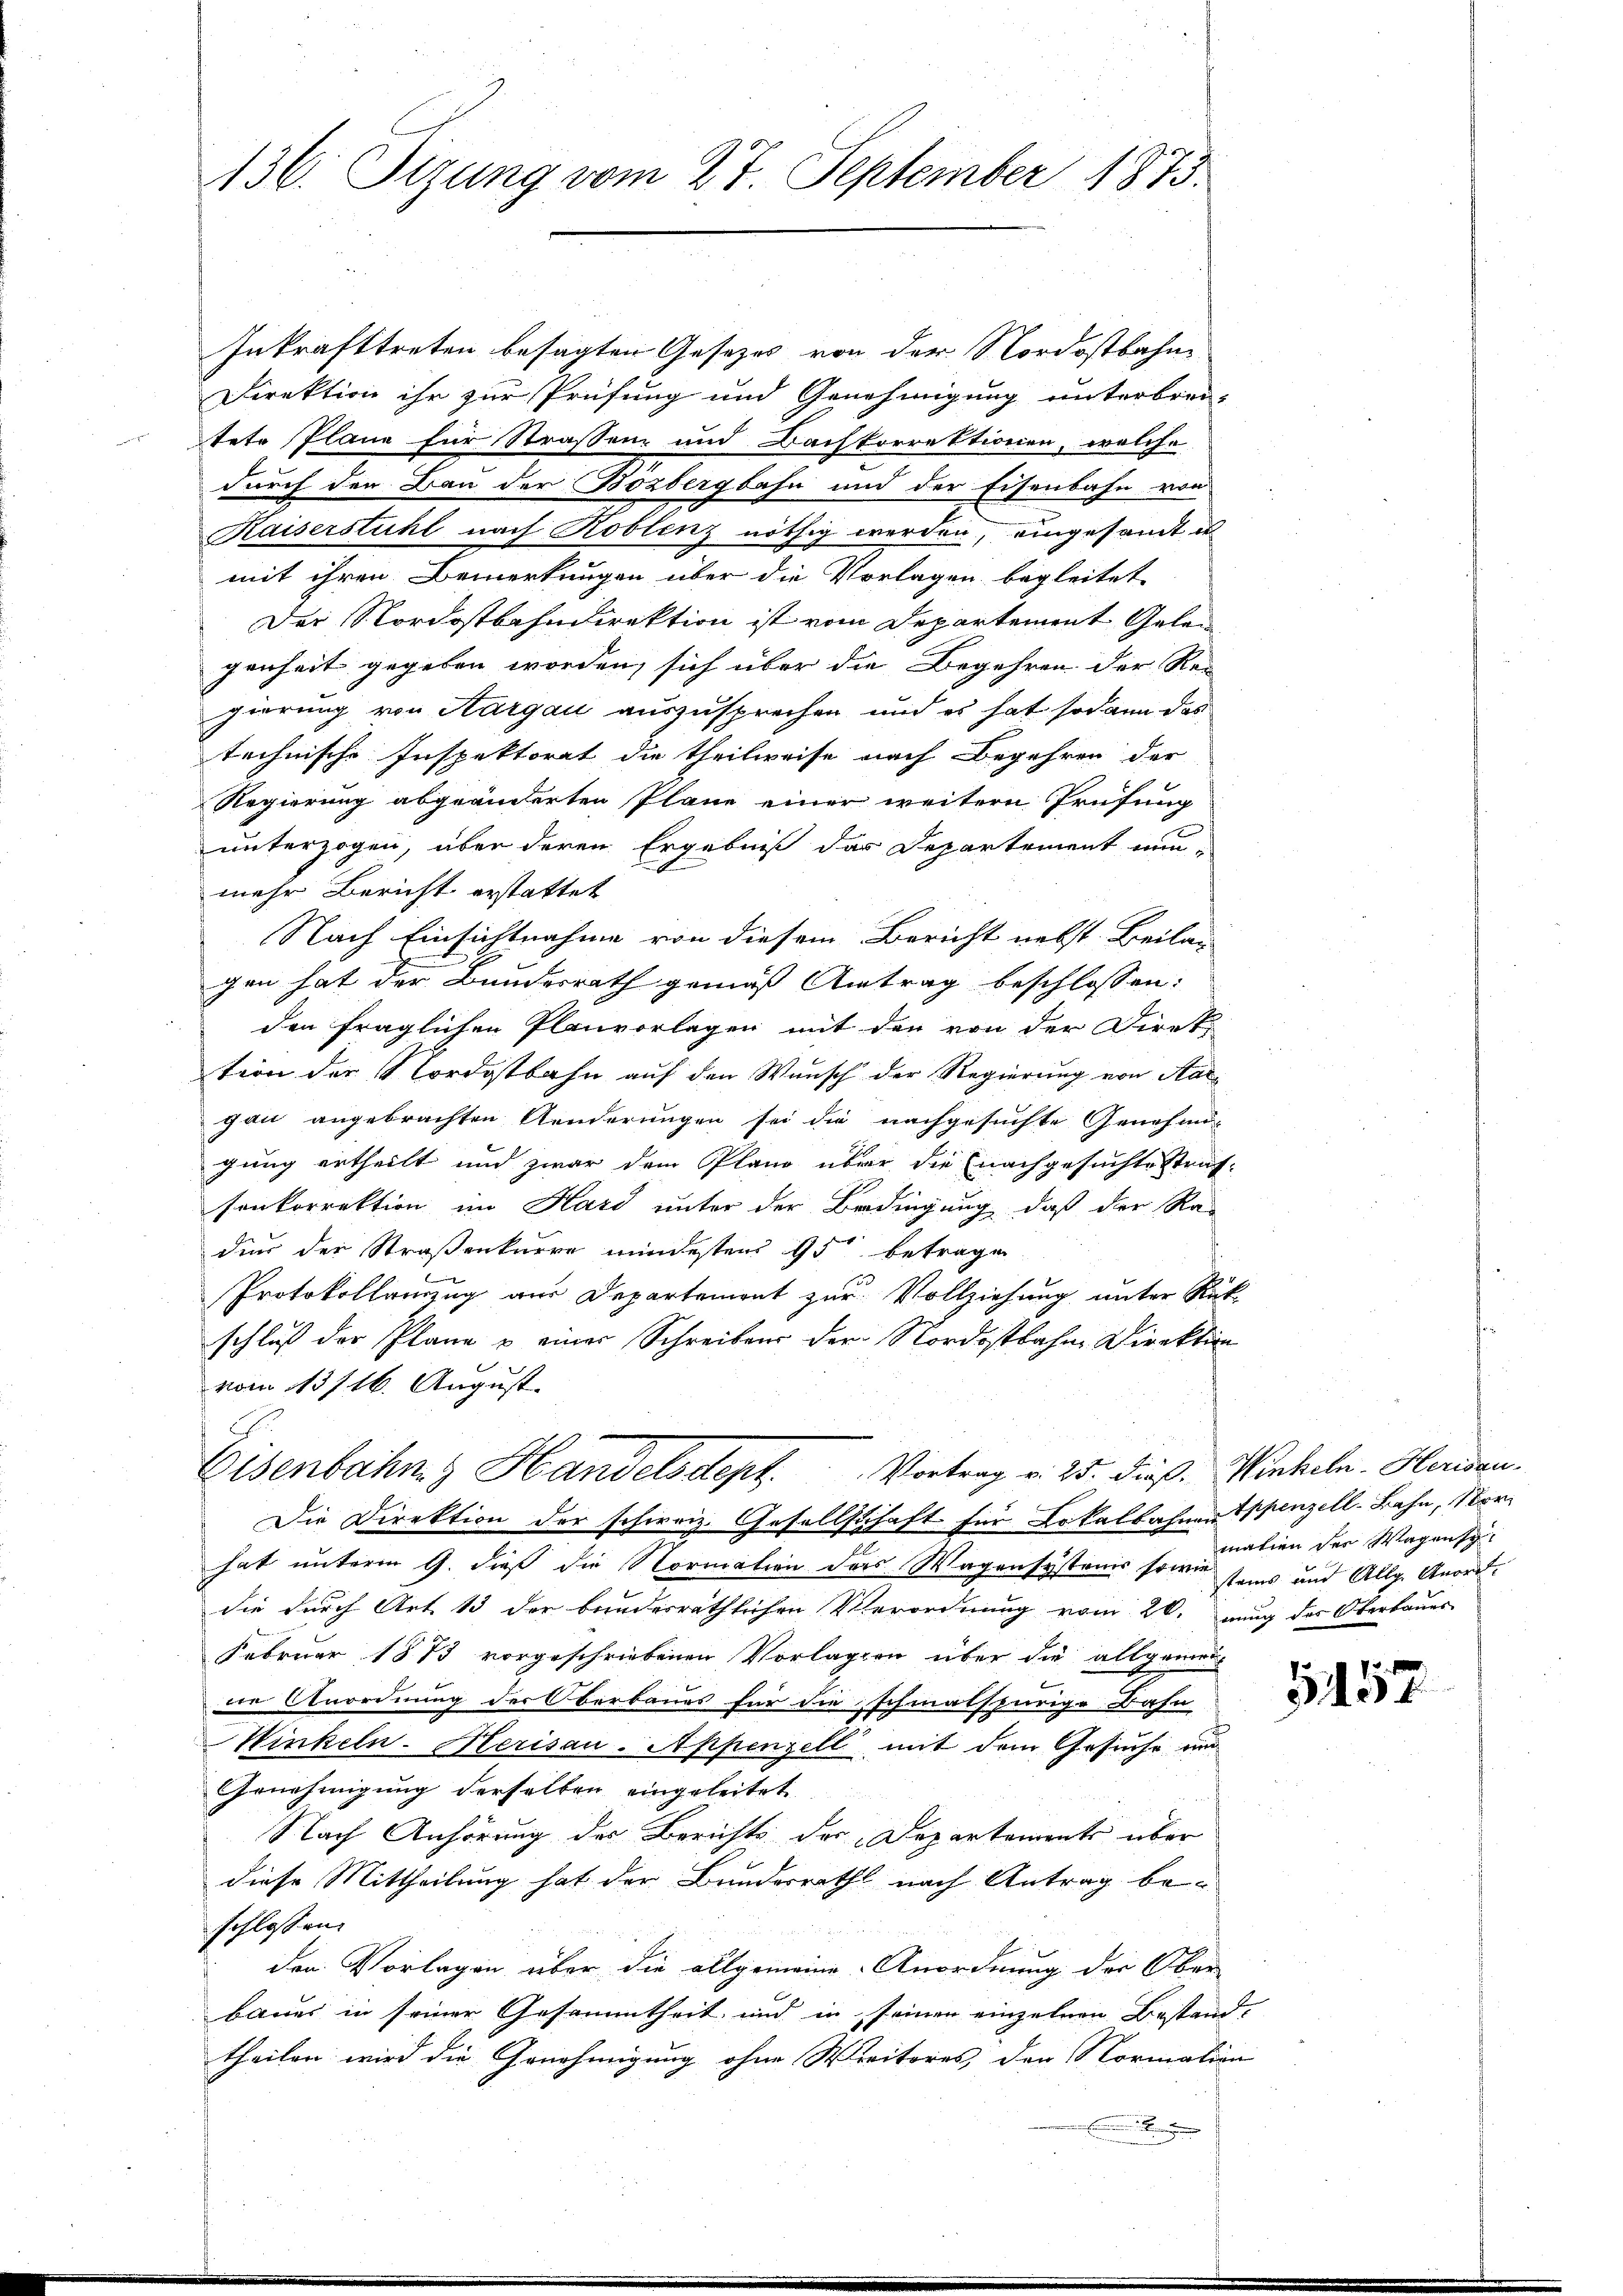
136: Sizung vom 27. September 1873.

Inkrafttreten besagten Gesetzes von der Nordostbahn
Direktion ihr zur Prüfung und Genehmigung unterbrei-
tete Pläne für Strassen und Dachkorrektionien, welche
durch den Bau der Bözbergbahn und der Eisenbahn von
Kaiserstuhl nach Koblenz nöthig werden, eingesamt u
mit ihren Bemerkungen über die Vorlagen begleitet
Der Nordostbahndirektion ist vom Departement Gelen
genheit gegeben worden, sich über die Begehren der Rei
gierung von Aargau auszusprechen und es hat sodann das
technische Inspektorat die theilweise nach Begehren der
Regierung abgeänderten Pläne einer weitern Prüfung
unterzogen, über deren Ergebniß das Departement nun-
mehr Bericht erstattet
Nach Einsichtnahme von diesem Bericht nebst Beilag
gen hat der Bundesrath gemäß Antrag beschlossen:
den fraglichen Planvorlagen mit den von der Direk-
tion der Nordostbahn auf den Wunsch der Regierung von Aargau angebrachten Aenderungen sei die nachgesuchte Genehmi-
gung ertheilt und zwar dem Pland über die (nachgesuchte Straf-
sonkorrektion im Hard unter der Bedingung, daß der Ra-
dies der Straßenkarre mindestens 95 betragen
Protokollauszug aus Departemont zur Vollziehung unter Rück-
schluß der Plane u einer Schreibens der Nordostbahn Direktion
vom 13/16. August.
Eisenbahn & Handelsdepf. Vortrag v. 25. dieß. Winkeln. Herisau.
Die Direktion der schweiz. Gesellschaft für Lokalbahnen Appenzell-Bahn, Nor-
hat unterm 9. dieß die Normation des Wagensystens sowie seins und Allg. Anord-
die durch Art 13 der bunderräthlichen Verordnung vom 20. nung des Oberbauer
Februar 1873 vorgeschriebenen Vorlagen über die allgemein
ne Anordnung der Oberbaues für die schmalspurige Bahn
Winkeln-Herisau-Appenzell mit dem Gesuche und
Genehmigung derselben eingeleitet
Nach Anhörung des Berichts der Departements über
diese Mittheilung hat der Bunderrath nach Antrag beschlossen.
den Vorlagen über die allgemeine Anordnung der Ober-
baues in seiner Gesammtheit und in seinen einzelnen Bestand-
theilen wird die Genehmigung ohne Meritores, der Normation

mation der Wagensc